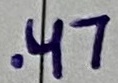
Text: .47